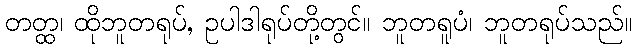
တတ္ထ၊ ထိုဘူတရုပ်, ဥပါဒါရုပ်တို့တွင်။ ဘူတရူပံ၊ ဘူတရုပ်သည်။